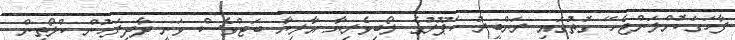
ފާހަގަކޮށްލަންޖެހޭ ގޮތުގައި ރަންބީރު ކަޕޫރުގެ ލޯބިވެރިޔާ އާލިޔާ ބަޓްވެސް ވަނީ ދާދިފަހުން ކްލޯތިން